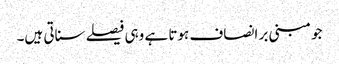
جو مبنی بر انصاف ہوتا ہے وہی فیصلے سناتی ہیں۔